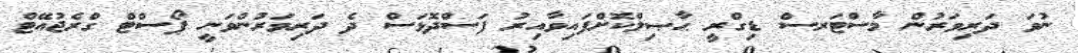
ނުވަ ދަރިވަރުން މާސްޓަރސް ޑިގްރީ ޙާޞިލްކޮށްފައިވާއިރު ފަސްދޮޅަސް ދެ ދަރިވަރުންވަނީ ޕޯސްޓް ގްރެޖުއޭޓް